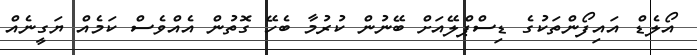
އޯލެޑް އައިފޯންތަކުގެ ޑިސްޕްލޭއަށް ބޭނުން ކުރުމާ ބެހޭ ގޮތުން އެއްވެސް ކަމެއް ޔަގީނެއް